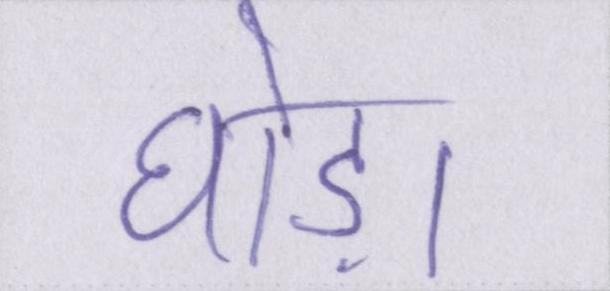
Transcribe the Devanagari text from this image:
घोड़ा